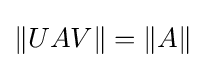
\lVert UAV\rVert =\lVert A\rVert